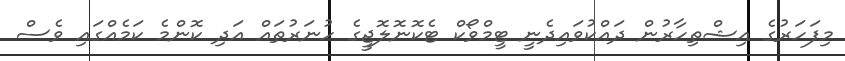
މިފަހަރުގެ އިޝްތިހާރުން ދައްކުވައިދެނީ ޓީމްވޯކް ޓެކޮނޮލޮޖީގެ ހުނަރުތައް އަދި ކޮންމެ ކަމެއްގައި ވެސް